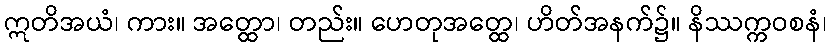
ဣတိအယံ၊ ကား။ အတ္ထော၊ တည်း။ ဟေတုအတ္ထေ၊ ဟိတ်အနက်၌။ နိဿက္ကဝစနံ၊